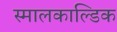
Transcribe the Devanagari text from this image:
स्मालकाल्डिक